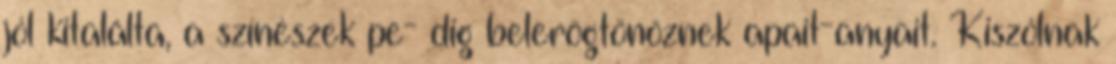
jól kitalálta, a színészek pe- dig belerögtönöznek apait-anyait. Kiszólnak